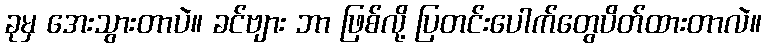
ခုမှ အေးသွားတာပဲ။ ခင်ဗျား ဘာ ဖြစ်လို့ ပြတင်းပေါက်တွေပိတ်ထားတာလဲ။